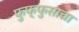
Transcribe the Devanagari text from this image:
फुफ्‍फुसाचा